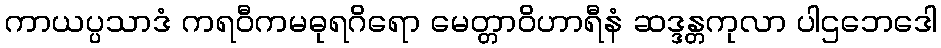
ကာယပ္ပသာဒံ ကရဝီကမဓုရဂိရော မေတ္တာဝိဟာရီနံ ဆဒ္ဒန္တကုလာ ပါဌဘေဒေါ